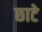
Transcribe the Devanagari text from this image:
छाटे